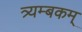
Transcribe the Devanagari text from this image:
त्र्यम्‍बकम्